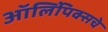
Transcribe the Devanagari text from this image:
ऑलिंपिक्सचे